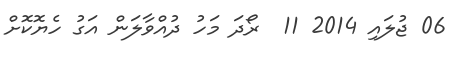
06 ޖުލައި 2014 11  ރޯދަ މަހު ދުއްވާލަން އަގު ހެޔޮކޮށް